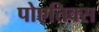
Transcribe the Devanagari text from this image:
पोएतिक्स